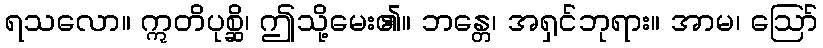
ရသလော။ ဣတိပုစ္ဆိ၊ ဤသို့မေး၏။ ဘန္တေ၊ အရှင်ဘုရား။ အာမ၊ ဩော်